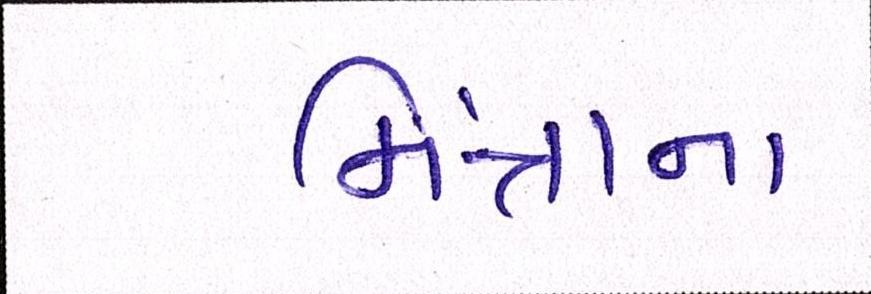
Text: મિંત્રાના